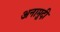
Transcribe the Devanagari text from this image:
अनामुदी